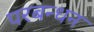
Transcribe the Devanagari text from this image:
परबन्धन